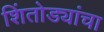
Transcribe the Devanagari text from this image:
शिंतोड्यांचा